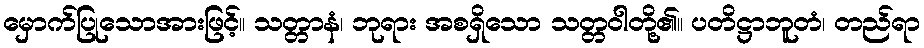
မှောက်ပြုသောအားဖြင့်။ သတ္တာနံ၊ ဘုရား အစရှိသော သတ္တဝါတို့၏။ ပတိဋ္ဌာဘူတံ၊ တည်ရာ